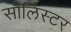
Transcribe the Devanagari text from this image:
सौलिस्टर